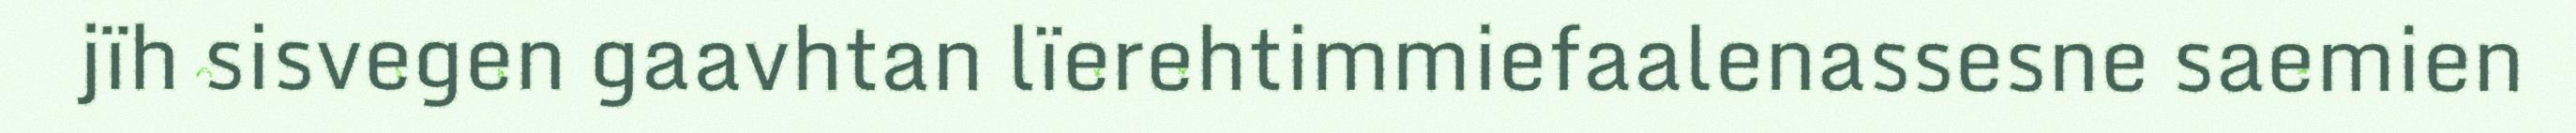
jïh sisvegen gaavhtan lïerehtimmiefaalenassesne saemien